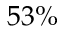
5 3 \%